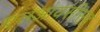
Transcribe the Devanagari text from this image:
एलआयसीसह